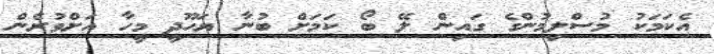
އެކަމަކު މުސްލިމުންގެ ގައިން ލޭ ބޯ ކަމަށް ބުނާ ޔަހޫދީ މީހާ އަށްވުރެން